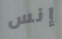
إنس